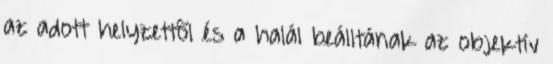
az adott helyzettõl és a halál beálltának az objektív